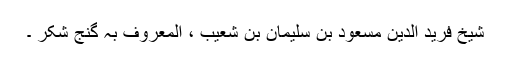
شیخ فرید الدین مسعود بن سلیمان بن شعیب ، المعروف بہ گنج شکر ۔